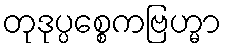
တုဒုပ္ပစ္စေကဗြဟ္မာ